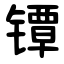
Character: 镡